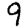
Digit: 9